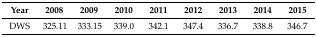
| Year | 2008 | 2009 | 2010 | 2011 | 2012 | 2013 | 2014 | 2015 |
 | --- | --- | --- | --- | --- | --- | --- | --- | --- |
 | DWS | 325.11 | 333.15 | 339.0 | 342.1 | 347.4 | 336.7 | 338.8 | 346.7 |